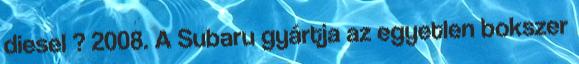
diesel ? 2008. A Subaru gyártja az egyetlen bokszer